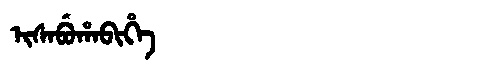
Manchu: ᡳᠰᠠᠪᡠᡥᠠᠪᡳᡥᡝ
Romanization: ISABUHABIHE